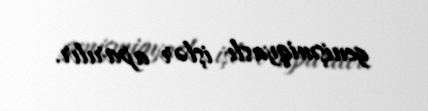
genişmiqyaslı işlər aparılır.